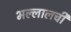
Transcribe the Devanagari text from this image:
भल्लालची